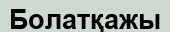
Болатқажы